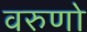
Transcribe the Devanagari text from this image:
वरुणो